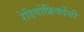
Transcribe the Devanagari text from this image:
रेडियोफ्रिक्वेंसी